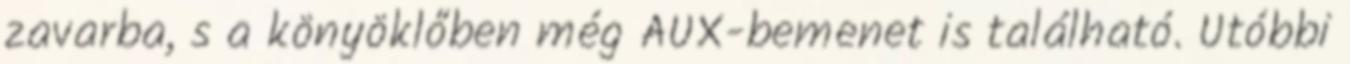
zavarba, s a könyöklőben még AUX-bemenet is található. Utóbbi